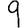
Digit: 9